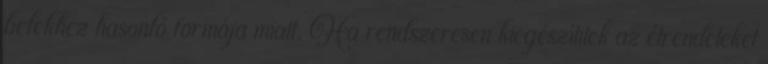
belekhez hasonló formája miatt. Ha rendszeresen kiegészítitek az étrendeteket